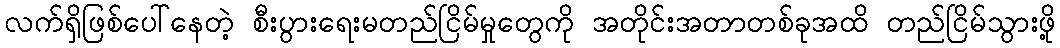
လက်ရှိဖြစ်ပေါ်နေတဲ့ စီးပွားရေးမတည်ငြိမ်မှုတွေကို အတိုင်းအတာတစ်ခုအထိ တည်ငြိမ်သွားဖို့